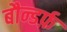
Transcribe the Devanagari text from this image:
बौन्डर्फ़